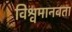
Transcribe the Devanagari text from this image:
विश्वमानवता